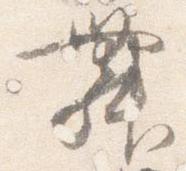
舞